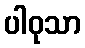
ပါဝုသာ